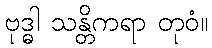
ဗုဒ္ဓါ သန္တိကရာ တုဝံ။